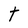
Character: t